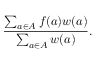
{ \frac { \sum _ { a \in A } f ( a ) w ( a ) } { \sum _ { a \in A } w ( a ) } } .